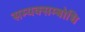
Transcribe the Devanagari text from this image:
सम्यक्सम्बोधि